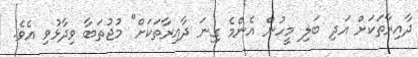
ދާއިރާތަކަށް އަދި ބަލި މީހުން އެންމެ ގިނަ ދާއިރާތަކަށް" މުޖުތަބާ ވިދާޅުވި އެވެ.